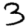
Digit: 3